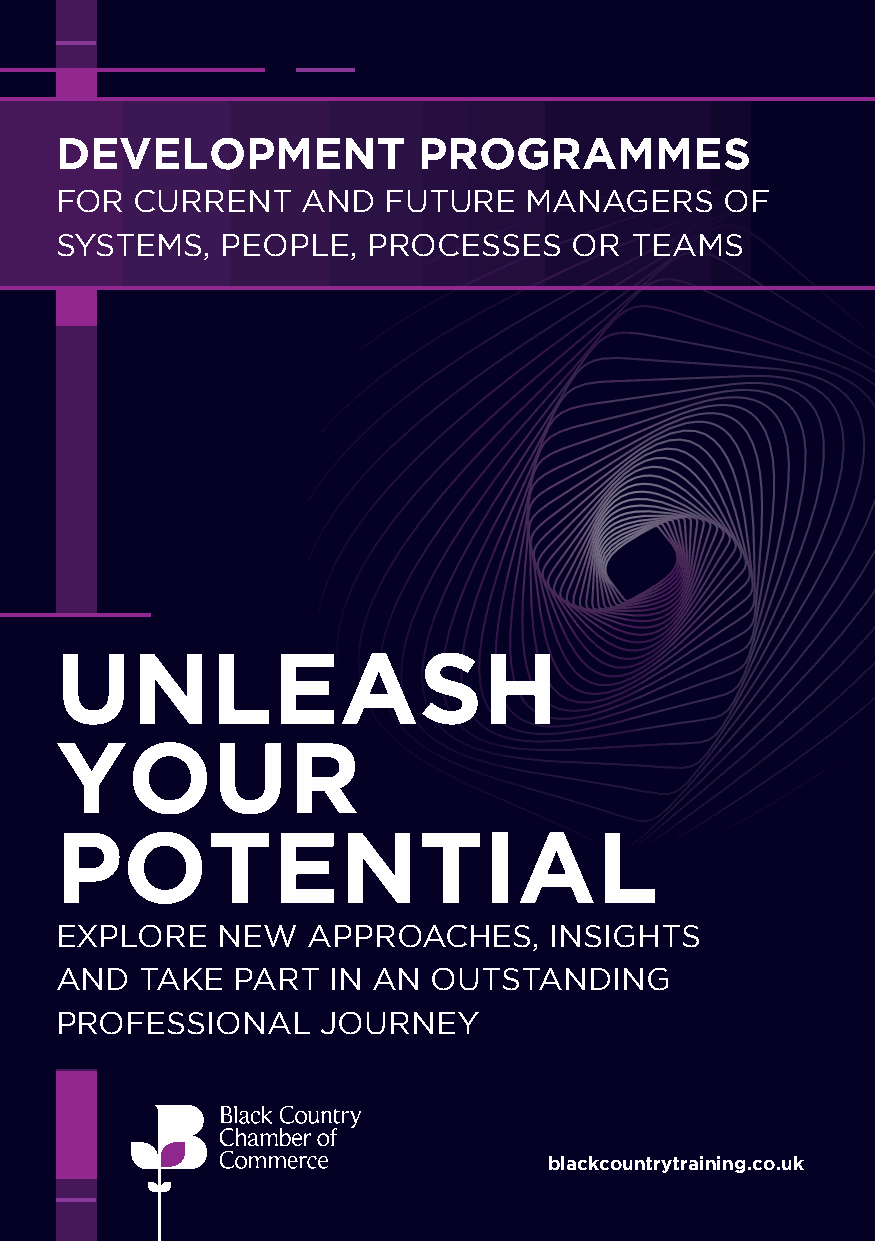
DEVELOPMENT             PROGRAMMES
 FOR  CURRENT    AND  FUTURE    MANAGERS     OF
 SYSTEMS,   PEOPLE,  PROCESSES     OR  TEAMS
 UNLEASH
 YOUR
 POTENTIAL
 EXPLORE   NEW   APPROACHES,     INSIGHTS
 AND  TAKE  PART   IN AN  OUTSTANDING
 PROFESSIONAL     JOURNEY
 blackcountrytraining.co.uk